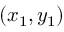
\left( x _ { 1 } , y _ { 1 } \right)